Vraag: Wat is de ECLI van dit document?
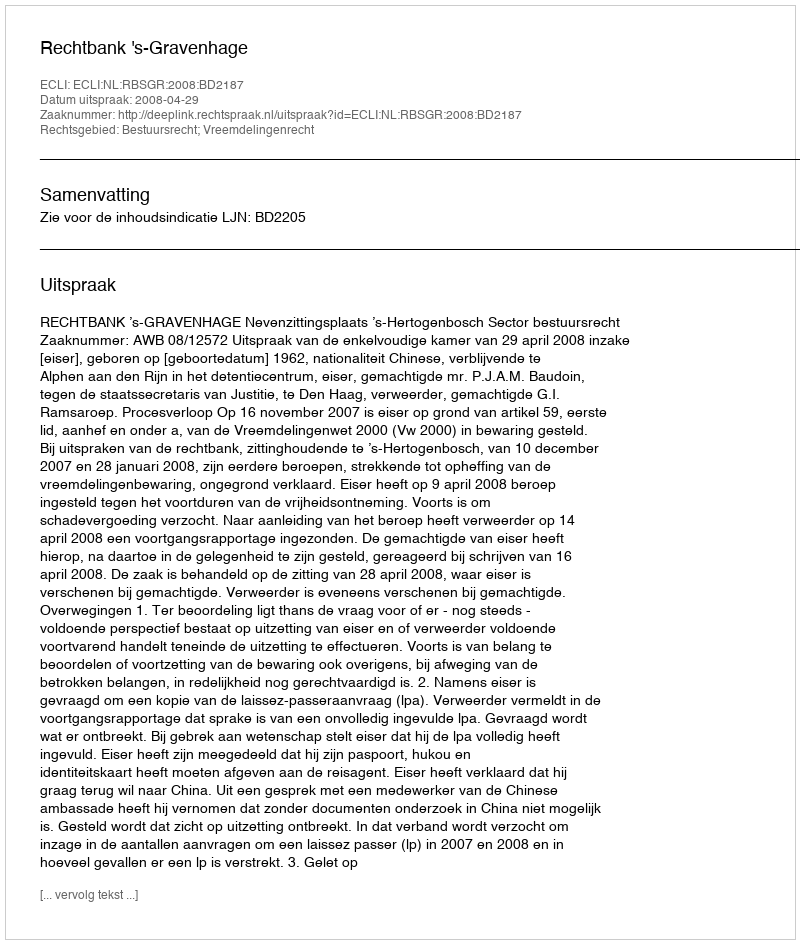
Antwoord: ECLI:NL:RBSGR:2008:BD2187